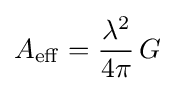
A_{\mathrm {eff} }={\lambda ^{2} \over 4\pi }\,G